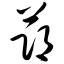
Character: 节